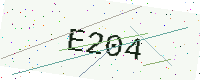
Text: E204